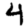
Digit: 4